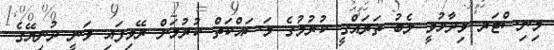
މިނިސްޓަރ ވިދާޅުވީ ލެބު ތަރައްގީ ކުރުމުގެ މަސައްކަތް ކުރުމަށް ރޭވިފައި ވަނީ ދުނިޔޭގެ